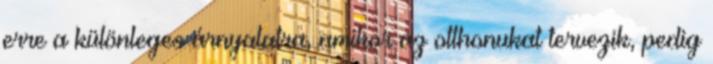
erre a különleges árnyalatra, amikor az otthonukat tervezik, pedig